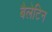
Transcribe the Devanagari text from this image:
बैलेटिन